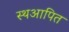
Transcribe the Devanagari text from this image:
स्थआपित